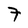
Character: 7